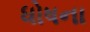
ધોષના